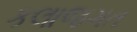
કલાજગત